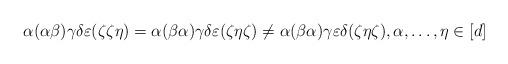
LaTeX: \begin{align*}\alpha (\alpha\beta) \gamma \delta \varepsilon (\zeta \zeta \eta) = \alpha (\beta\alpha) \gamma \delta \varepsilon (\zeta \eta \zeta) \neq \alpha (\beta\alpha) \gamma \varepsilon \delta (\zeta \eta \zeta), \alpha,\ldots,\eta \in [d]\end{align*}